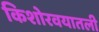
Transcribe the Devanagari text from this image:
किशोरवयातली